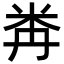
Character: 𥸻